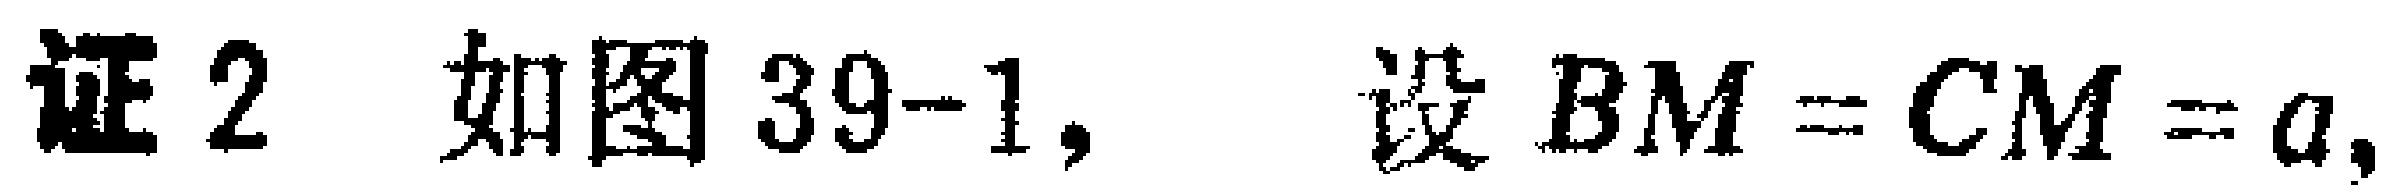
证 2 如图 39-1, 设 \(BM = CM = a,\)